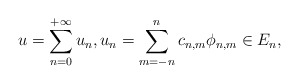
\begin{align*}u=\sum_{n=0}^{+\infty}u_n, u_n= \sum_{m=-n}^{n}c_{n,m}\phi_{n,m}\in E_n,\end{align*}